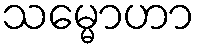
သမ္မောဟာ